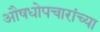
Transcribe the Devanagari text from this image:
औषधोपचारांच्या